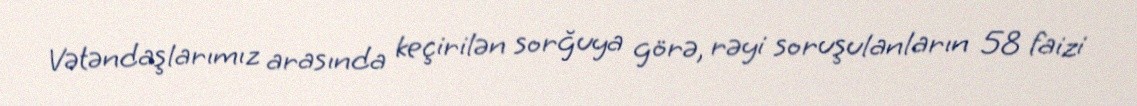
Vətəndaşlarımız arasında keçirilən sorğuya görə, rəyi soruşulanların 58 faizi